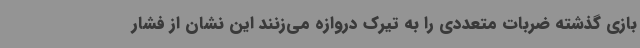
بازی گذشته ضربات متعددی را به تیرک دروازه می‌زنند این نشان از فشار